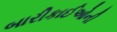
બારીકાઈઓની